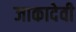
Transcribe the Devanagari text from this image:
जाकादेवी